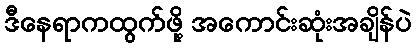
ဒီနေရာကထွက်ဖို့ အကောင်းဆုံးအချိန်ပဲ